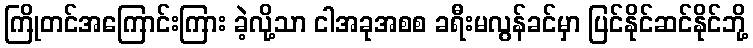
ကြိုတင်အကြောင်းကြား ခဲ့လို့သာ ငါအခုအစစ ခရီးမလွန်ခင်မှာ ပြင်နိုင်ဆင်နိုင်ဘို့